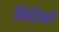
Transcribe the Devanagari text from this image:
विटिको